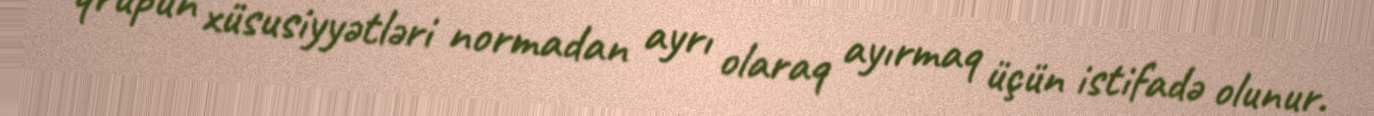
qrupun xüsusiyyətləri normadan ayrı olaraq ayırmaq üçün istifadə olunur.